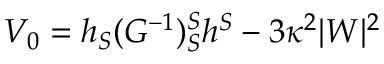
V _ { 0 } = h _ { S } ( G ^ { - 1 } ) _ { S } ^ { S } h ^ { S } - 3 \kappa ^ { 2 } | W | ^ { 2 }